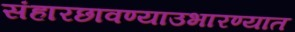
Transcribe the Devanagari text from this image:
संहारछावण्याउभारण्यात